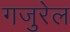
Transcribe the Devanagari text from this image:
गजुरेल